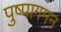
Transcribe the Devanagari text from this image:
पुष्पागमन